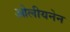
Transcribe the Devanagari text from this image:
ओलीयनेन